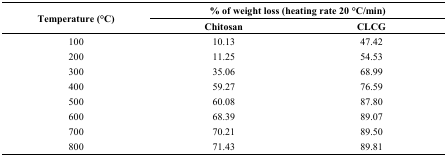
<table><thead><tr><td rowspan="2"><b>Temperature (°C)</b></td><td colspan="2"><b>% of weight loss (heating rate 20 °C/min)</b></td></tr><tr><td><b>Chitosan</b></td><td><b>CLCG</b></td></tr></thead><tbody><tr><td>100</td><td>10.13</td><td>47.42</td></tr><tr><td>200</td><td>11.25</td><td>54.53</td></tr><tr><td>300</td><td>35.06</td><td>68.99</td></tr><tr><td>400</td><td>59.27</td><td>76.59</td></tr><tr><td>500</td><td>60.08</td><td>87.80</td></tr><tr><td>600</td><td>68.39</td><td>89.07</td></tr><tr><td>700</td><td>70.21</td><td>89.50</td></tr><tr><td>800</td><td>71.43</td><td>89.81</td></tr></tbody></table>